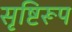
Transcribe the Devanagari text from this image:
सृष्टिरूप